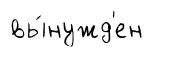
вы́нужд'ен